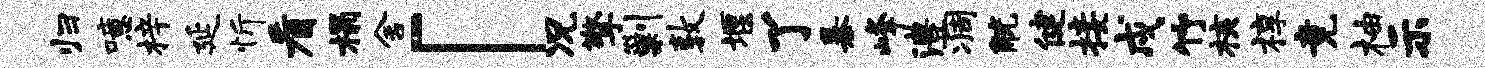
归噫梓延忻看榻舍「况擎剿敦堰了暴峰澧凋觥健接戍竹核椁竟柚示